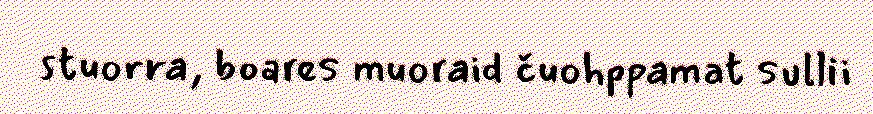
stuorra, boares muoraid čuohppamat sullii